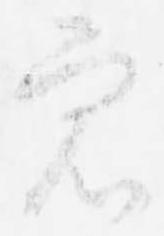
衆